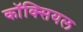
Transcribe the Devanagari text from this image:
कॉक्सियल